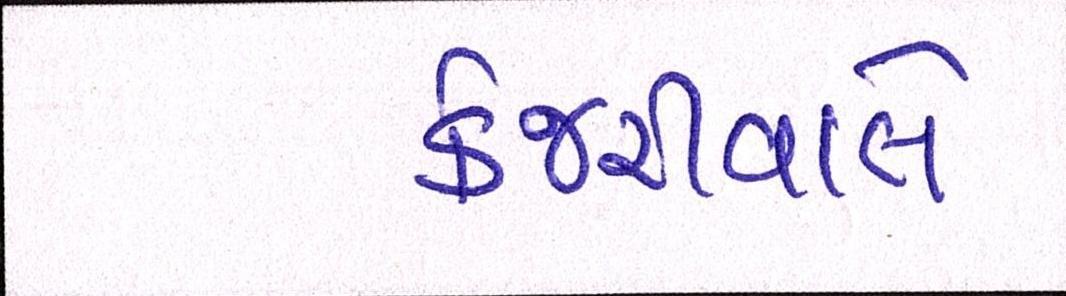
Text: કેજરીવાલે